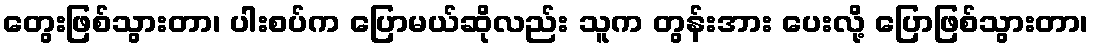
တွေးဖြစ်သွားတာ၊ ပါးစပ်က ပြောမယ်ဆိုလည်း သူက တွန်းအား ပေးလို့ ပြောဖြစ်သွားတာ၊